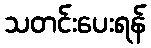
သတင်းပေးရန်